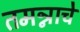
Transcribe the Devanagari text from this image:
तमन्नाचे